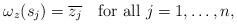
LaTeX: \begin{align*}\omega_z(s_j)=\overline{z_j}\quad\mbox{for all }j=1,\ldots,n,\end{align*}